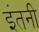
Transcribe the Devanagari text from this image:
इंतनी